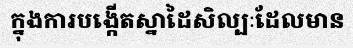
ក្នុងការបង្កើតស្នាដៃសិល្បៈដែលមាន